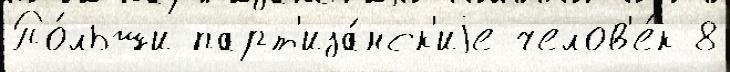
По́льши парт'иза́нск'иjе челов'е́к 8